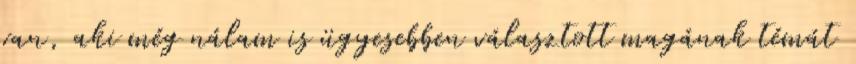
van, aki még nálam is ügyesebben választott magának témát